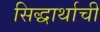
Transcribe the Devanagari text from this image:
सिद्धार्थाची